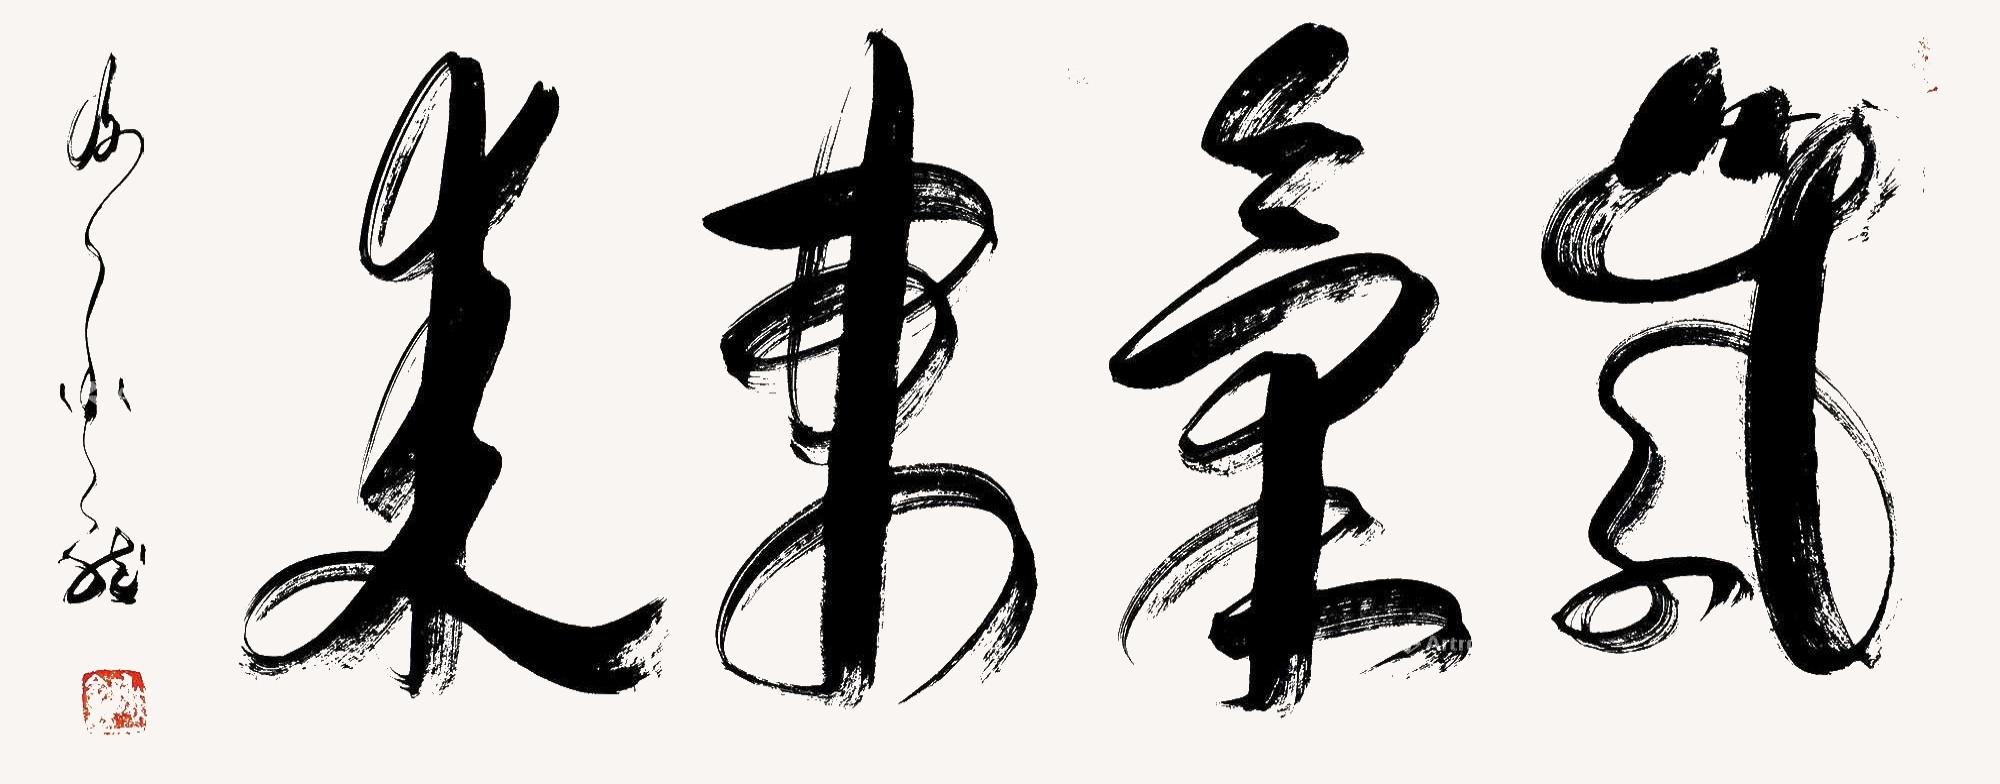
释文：紫气东来谢金龙